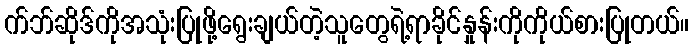
က်ဘ်ဆိုဒ်ကိုအသုံးပြုဖို့ရွေးချယ်တဲ့သူတွေရဲ့ရာခိုင်နှုန်းကိုကိုယ်စားပြုတယ်။